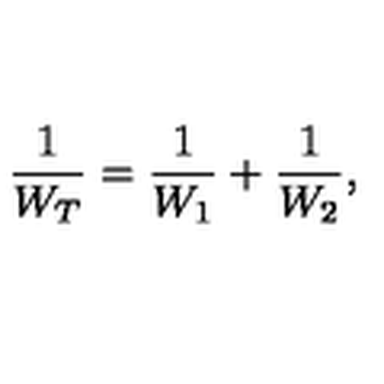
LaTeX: \frac { 1 } { W _ { T } } = \frac { 1 } { W _ { 1 } } + \frac { 1 } { W _ { 2 } } ,